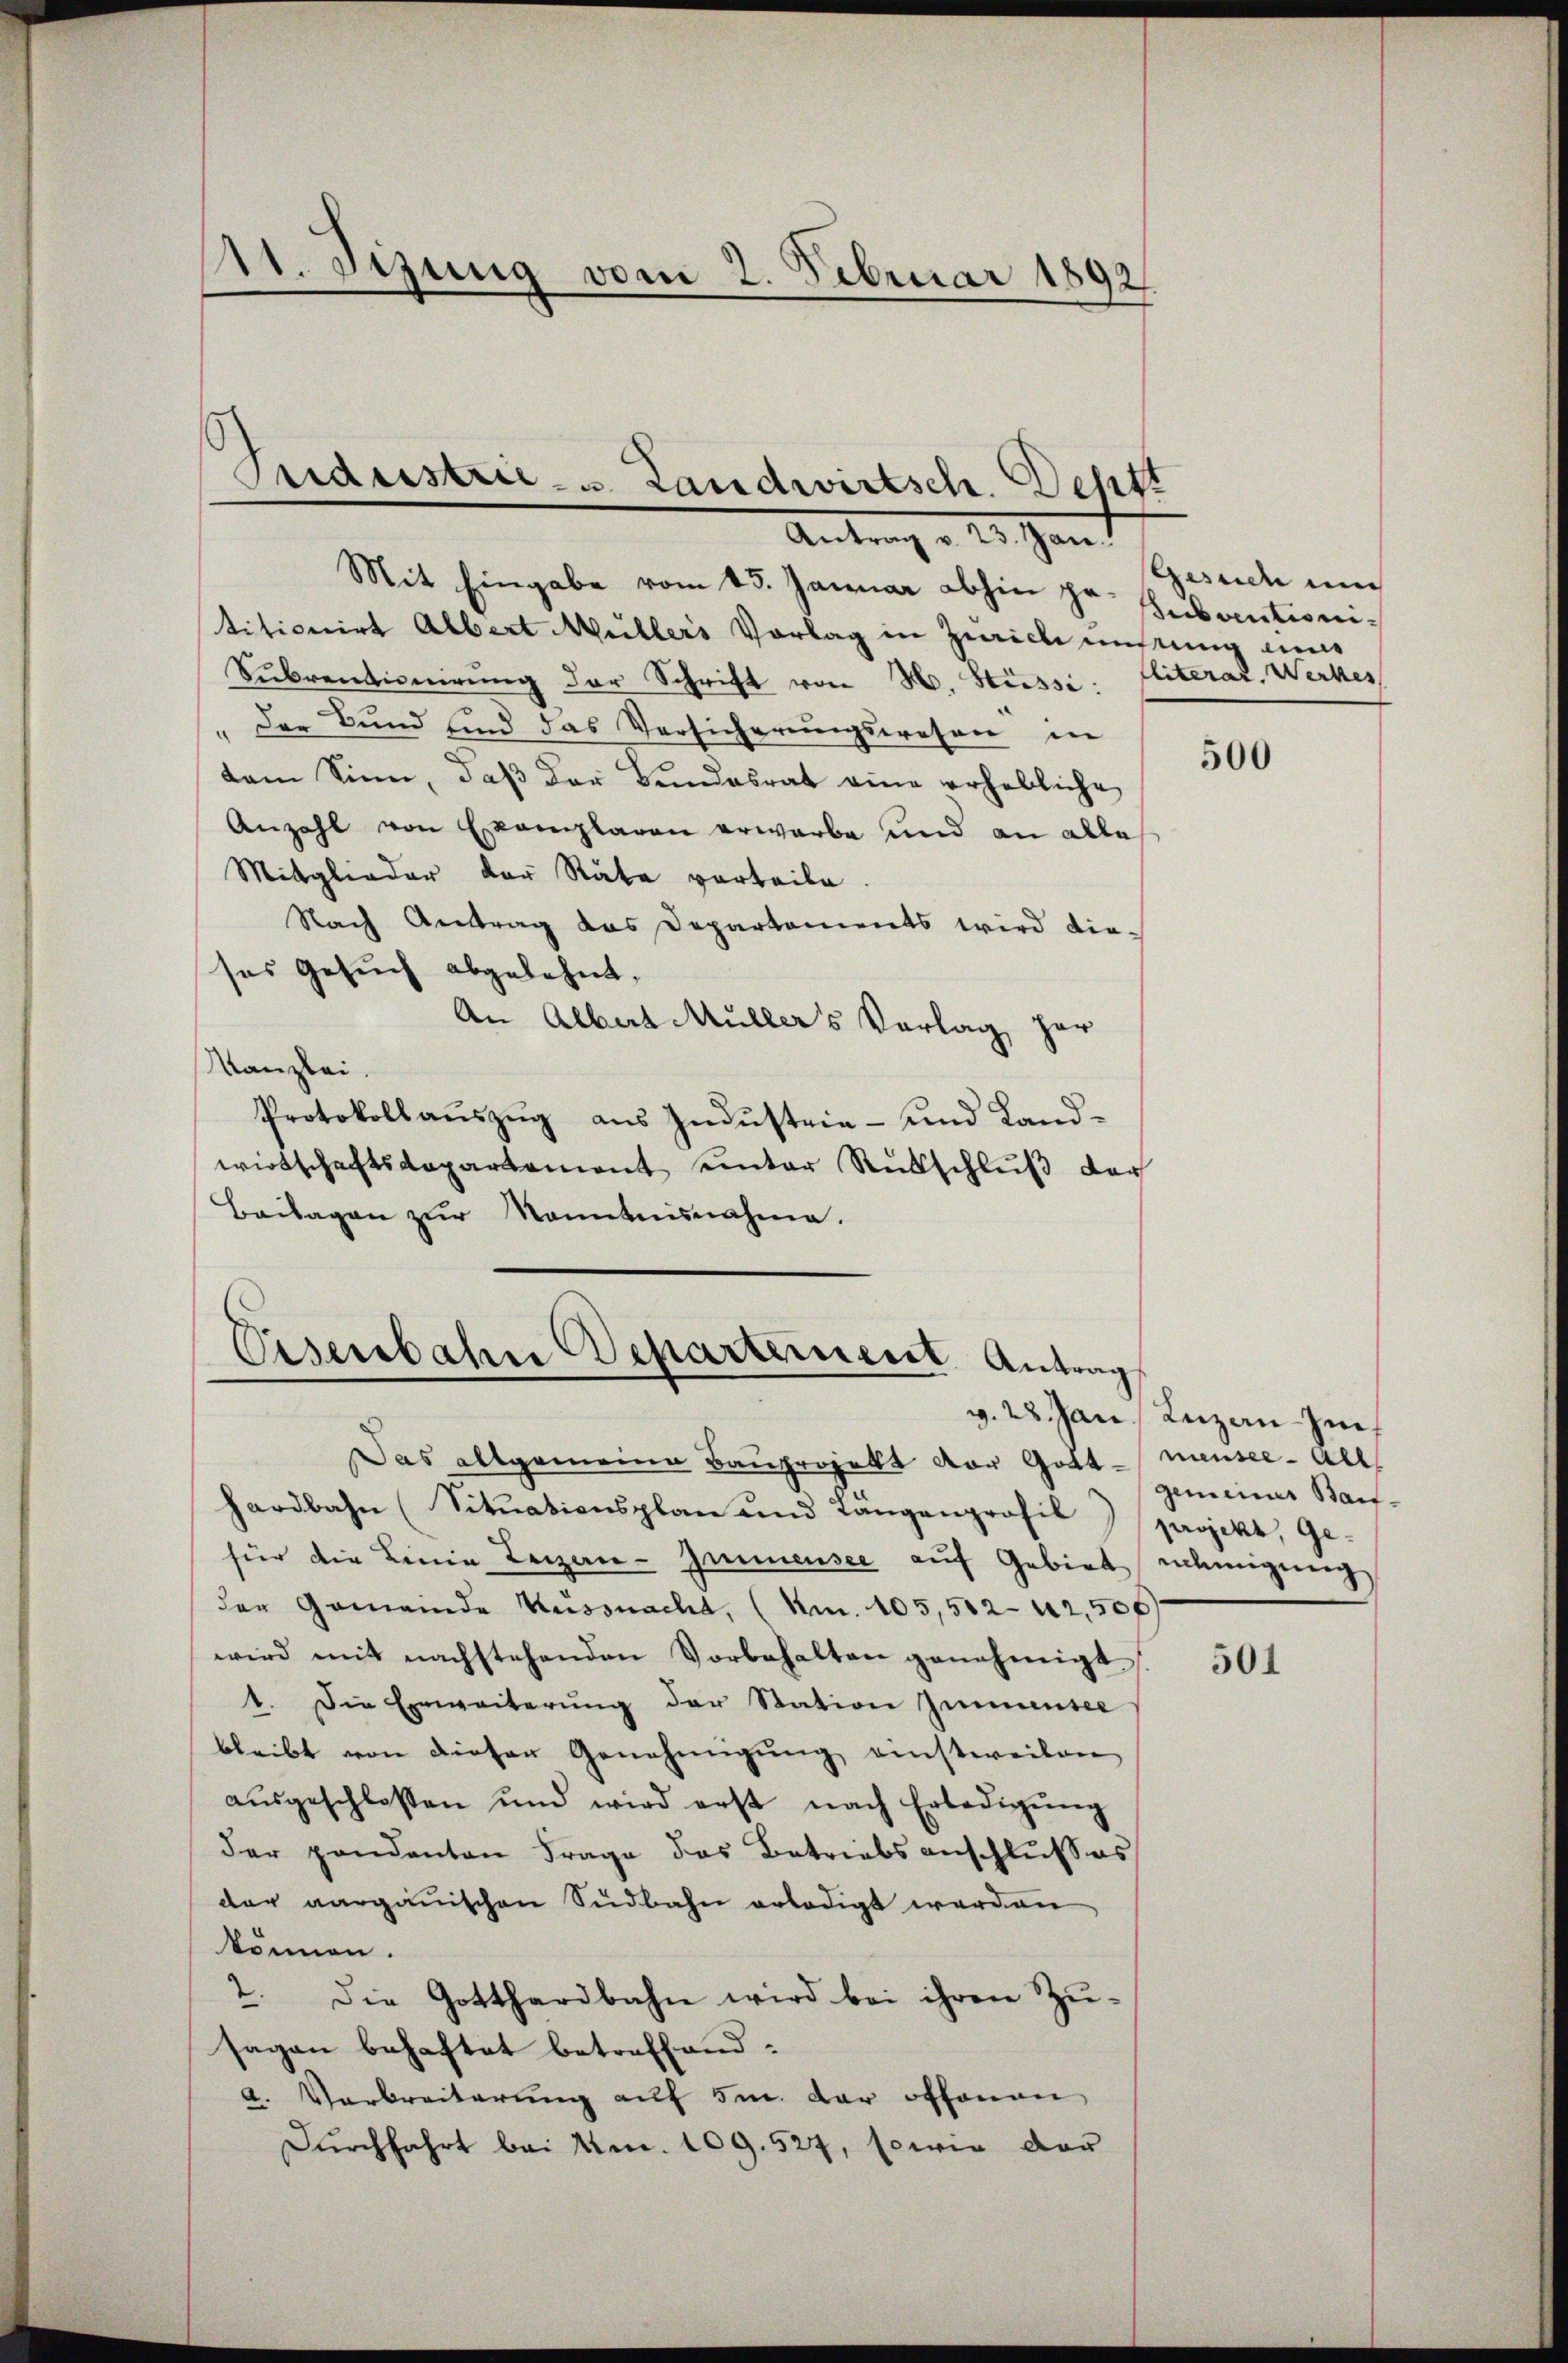
11. Sitzung vom 2. Februar 1892

Industrie- u. Landwirtsch. Destt
Antrag d. 25. Jan

Mit Eingabe vom 15. Januar abhin pr. Subventionititionirt Albert Müllers Vorlag in Zürich instung ein
Sŭbventionierŭng der Schrift von N. Süsse. Miterat. Werkes
Der Bund sind das Versicherŭngswesen in
dem Sinn, daβ der Bundesrat eine erhebliche
Anzahl von Exemplaren erwarbe und an alle
Mitglieder der Rate vorteile.
Nach Antrag das Departements wird die-
ses Gesuch abgelehnt,
An Albert Müllers Vorlag her
Kanzlei.
Protokollaŭszŭg aŭs Indŭstrie- und Landwirtschaftsdepartement unter Rükschlŭβ der
Beilagen zŭr Kenntnisnahme.

Eisenbahn Departernent Antrag

Gesuch un

Das allgemeine Bauprojekt der Gott - mensee all
hardbahn (Situationsplan und Langenprofil
für die Linie Leigen- Immensee auf Gebiet nehmigung
der Gemeinde Küssnacht, (Km. 105,502-42,500
wird mit nachstehenden Vorbehalten genehmigt
1. Die Erweiterŭng der Station zimmensee
bleibt von dieser Genehmigŭng einstweilen
aŭsgeschlossen und wird erst nach Erledigŭng
der gandanton Frage das Betriebsanschlŭsses
der aargauischen Südbahn erledigt werden
können.
2. Die Gotthardbahn wird bei ihren Zŭ-
sagen behaftet betreffend:
a. Verbreiterung auf 5m. dar offenen
Dŭrchfahrt bei Am. 109. 527, sowie dar

500

v. 28. Jan. Reizan-Im.
gemeiner Bauprojekt, Ge¬

501